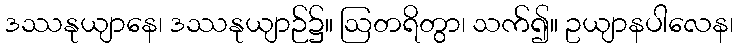
ဒဿနုယျာနေ၊ ဒဿနုယျာဉ်၌။ ဩတရိတွာ၊ သက်၍။ ဥယျာနပါလေန၊